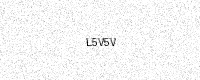
Text: L5V5V